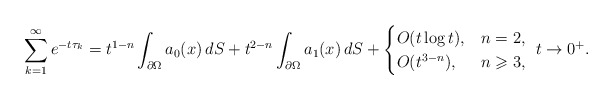
\begin{align*} \sum_{k=1}^{\infty} e^{-t \tau_{k}} = t^{1-n} \int_{\partial \Omega} a_0(x) \,dS + t^{2-n} \int_{\partial \Omega} a_1(x) \,dS + \begin{cases} O(t \log t), & n=2, \\ O(t^{3-n}), & n \geqslant 3, \end{cases} \ t \to 0^+. \end{align*}